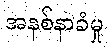
အနစ်နာခံမှု